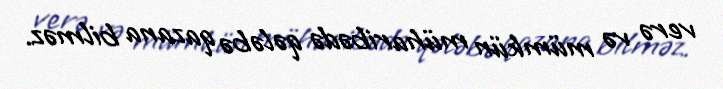
verə və mümkün müharibədə qələbə qazana bilməz.